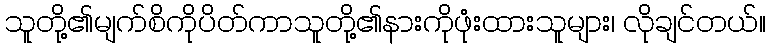
သူတို့၏မျက်စိကိုပိတ်ကာသူတို့၏နားကိုဖုံးထားသူများ၊ လိုချင်တယ်။